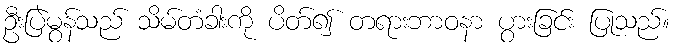
ဦးပြဲမွန်သည် သိမ်တံခါးကို ပိတ်၍ တရားဘာဝနာ ပွားခြင်း ပြုသည်။